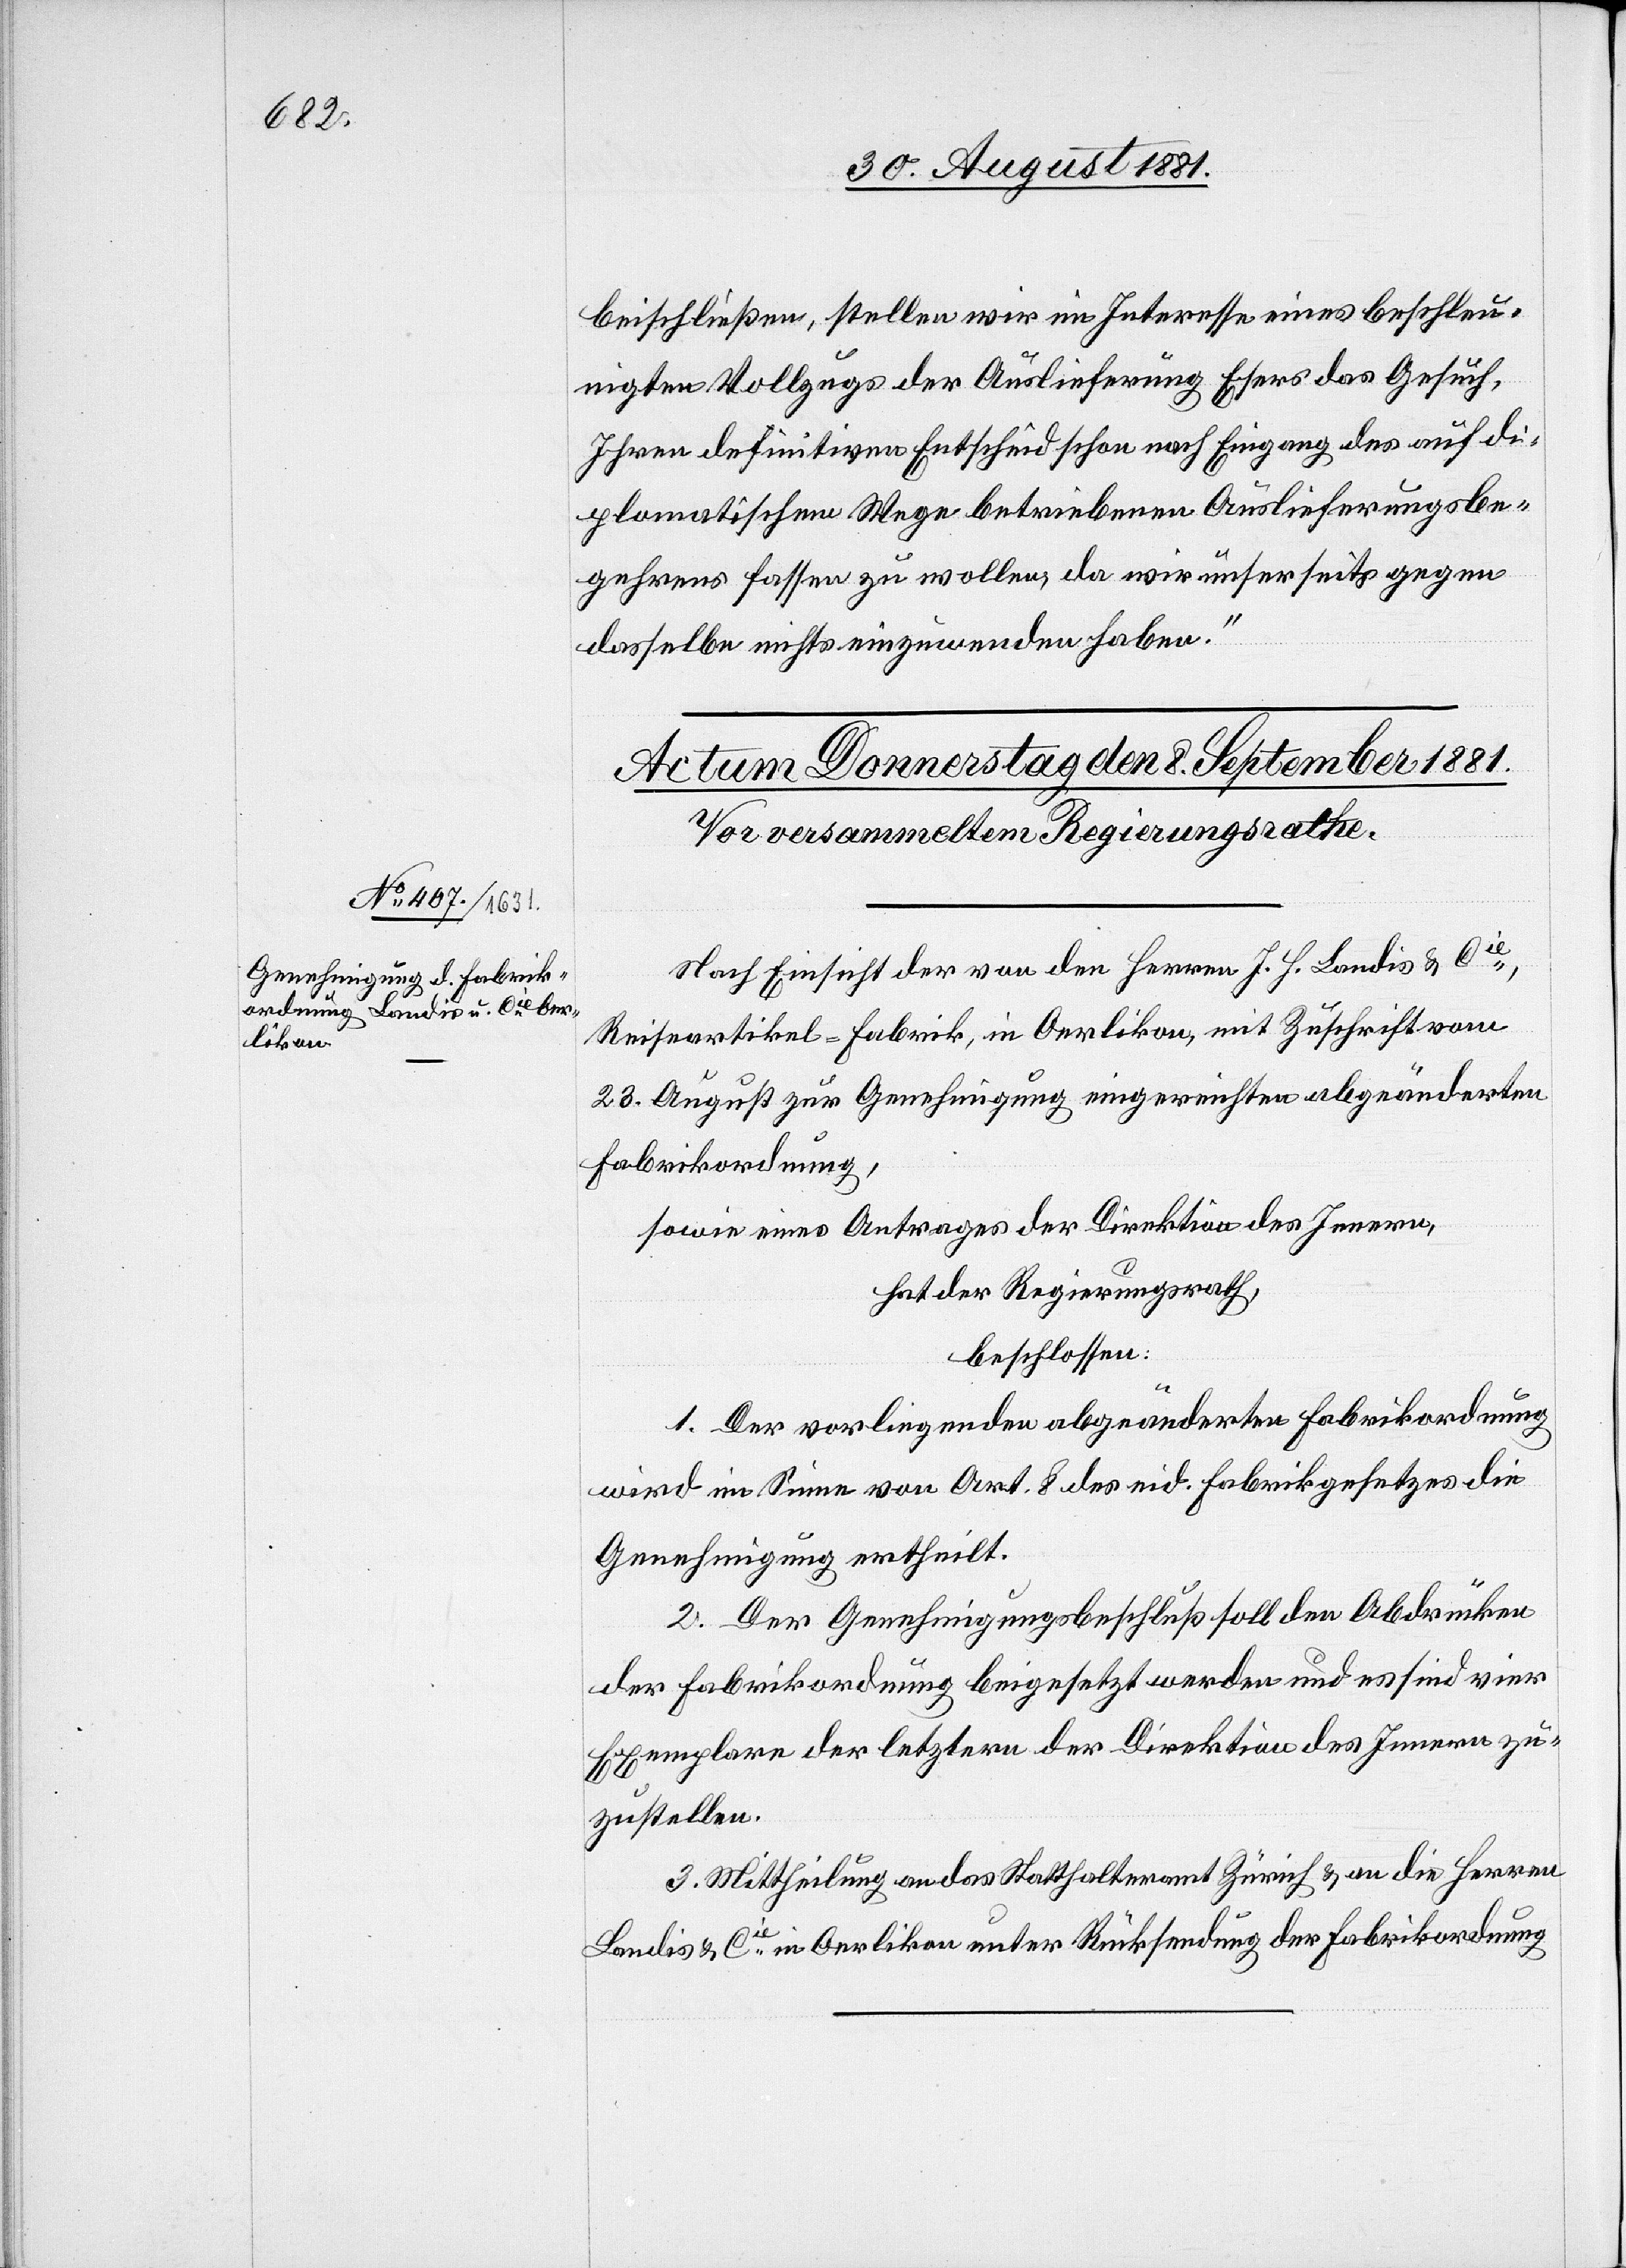
beischließen, stellen wir ein Interesse eines beschleu¬
nigten Vollzugs der Auslieferung Esers das Gesuch,
Ihren definitiven Entscheid schon nach Eingang des auf di¬
plomatischem Wege betriebenen Auslieferungsbe¬
gehrens fassen zu wollen, da wir unserseits gegen
dasselbe nichts einzuwenden haben.“
Nach Einsicht der von den Herren J. H. Landis & Cie,
Reiseartikel-Fabrik, in Oerlikon, mit Zuschrift vom
23. August zur Genehmigung eingereichten abgeänderten
Fabrikordnung.
sowie eines Antrages der Direktion des Innern,
hat der Regierungsrath,
beschlossen:
1. Der vorliegende abgeänderten Fabrikordnung
wird im Sinne von Art. 8 des eid. Fabrikgesetzes die
Genehmigung ertheilt.
2. Der Genehmigungsbeschluß soll den Abdrücken
der Fabrikordnung beigesetzt werden und es sind vier
Exemplare der letztern der Direktion des Innern zu¬
zustellen.
3. Mittheilung an das Statthalteramt Zürich & an die Herren
Landis & Cie in Oerlikon unter Rücksendung der Fabrikordnung[.]